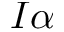
I \alpha